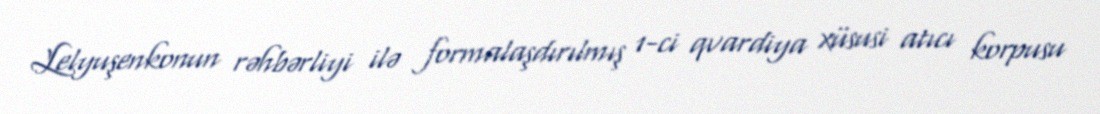
Lelyuşenkonun rəhbərliyi ilə formalaşdırılmış 1-ci qvardiya xüsusi atıcı korpusu